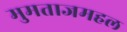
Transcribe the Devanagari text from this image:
मुमताजमहल